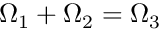
\Omega _ { 1 } + \Omega _ { 2 } = \Omega _ { 3 }